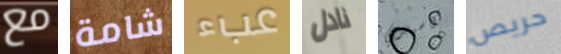
مع شامة عبء نادل كاسيدي حريص